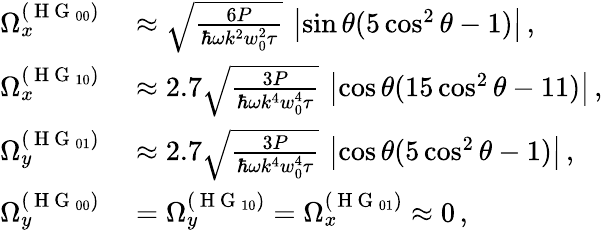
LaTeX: \begin{array}{rl}{\Omega_{x}^{(\mathrm{~H~G~}_{00})}}&{{}\approx\sqrt{\frac{6P}{\hbar\omega k^{2}w_{0}^{2}\tau}}\, \left|\sin\theta(5\cos^{2}\theta-1)\right|\, ,}\\ {\Omega_{x}^{(\mathrm{~H~G~}_{10})}}&{{}\approx 2.7\sqrt{\frac{3P}{\hbar\omega k^{4}w_{0}^{4}\tau}}\, \left|\cos\theta(15\cos^{2}\theta-11)\right|\, ,}\\ {\Omega_{y}^{(\mathrm{~H~G~}_{01})}}&{{}\approx 2.7\sqrt{\frac{3P}{\hbar\omega k^{4}w_{0}^{4}\tau}}\, \left|\cos\theta(5\cos^{2}\theta-1)\right|\, ,}\\ {\Omega_{y}^{(\mathrm{~H~G~}_{00})}}&{{}=\Omega_{y}^{(\mathrm{~H~G~}_{10})}=\Omega_{x}^{(\mathrm{~H~G~}_{01})}\approx 0\, ,}\end{array}